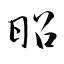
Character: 昭